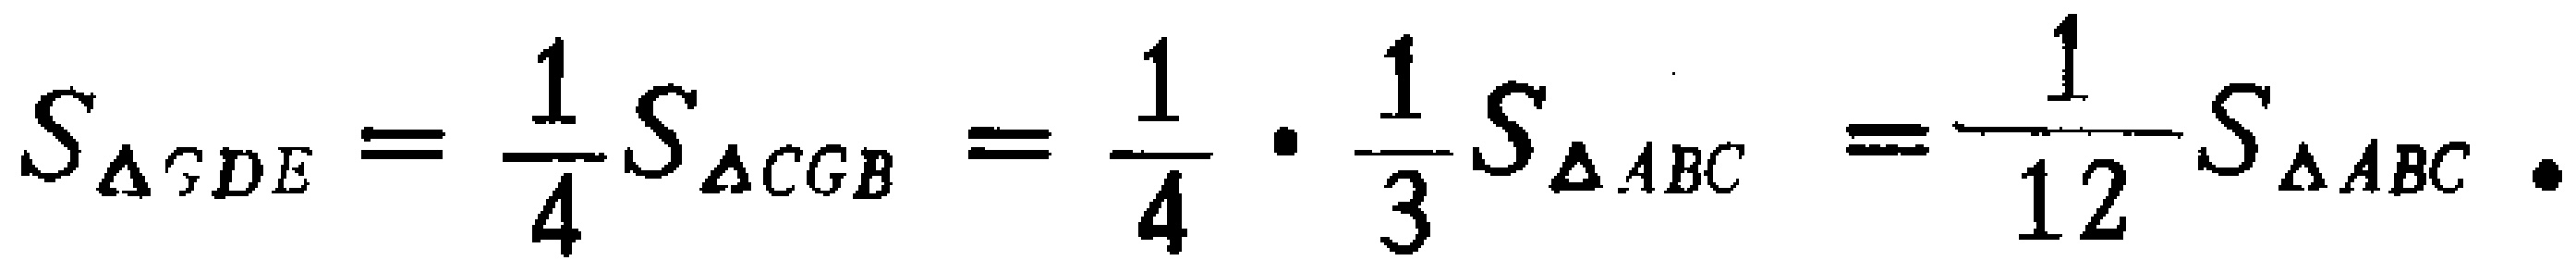
\[S_{\Delta GDE}=\frac{1}{4}S_{\Delta CGB}=\frac{1}{4}\cdot\frac{1}{3}S_{\Delta ABC}=\frac{1}{12}S_{\Delta ABC}\]